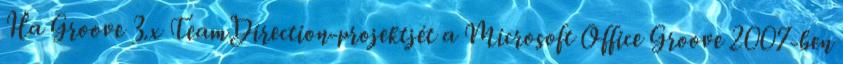
Ha Groove 3.x TeamDirection-projektjét a Microsoft Office Groove 2007-ben